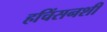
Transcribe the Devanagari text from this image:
हचिंसनशी